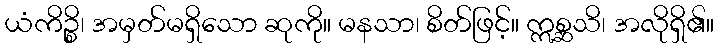
ယံကိဉ္စိ၊ အမှတ်မရှိသော ဆုကို။ မနသာ၊ စိတ်ဖြင့်။ ဣစ္ဆသိ၊ အလိုရှိ၏။